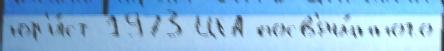
юр'и́ст 1973 ЦГА посв'ящ́нного